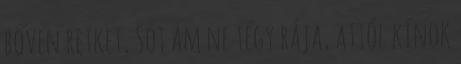
bőven retket, Sót ám ne tégy rája, attól kínok